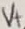
Text: V+